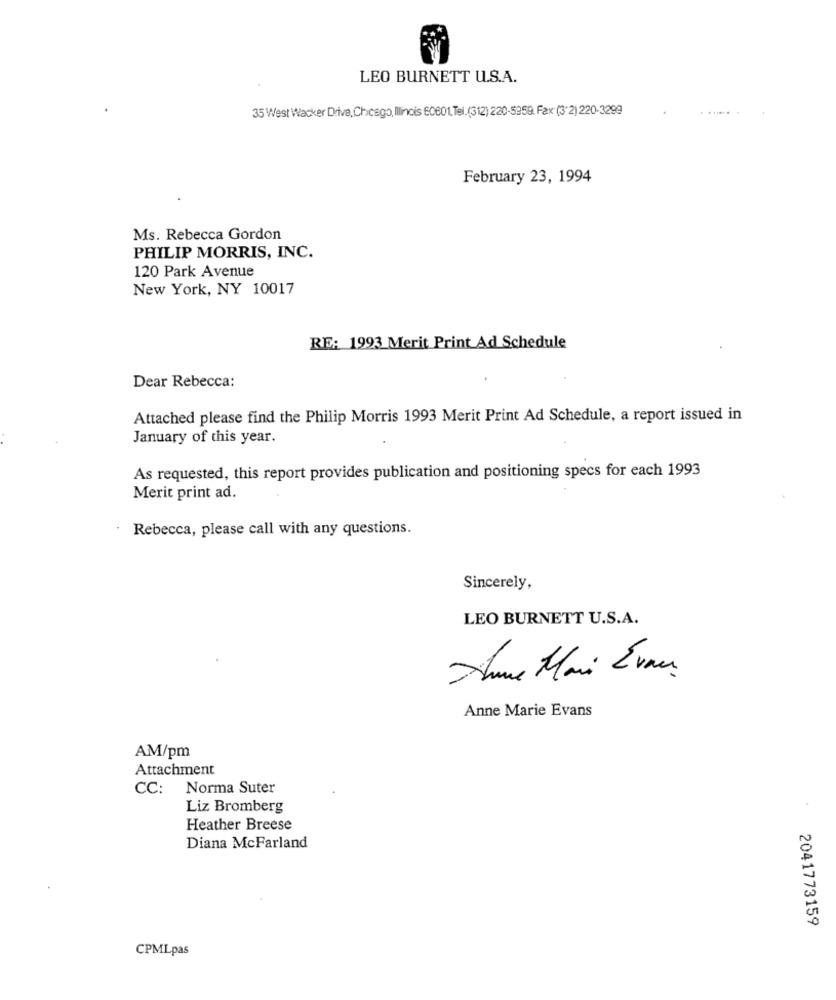
LEO BURNETT U.S.A.
35 West Wacker Drive,Chicago, Ilinois 60601.Tel.(312) 220-5959. Fax:(3/2)220-3299
February 23, 1994
Ms. Rebecca Gordon
PHILIP MORRIS, INC.
120 Park Avenue
New York, NY 10017
RE: 1993 Merit Print Ad Schedule
Dear Rebecca:
Attached please find the Philip Morris 1993 Merit Print Ad Schedule, a report issued in
January of this year.
As requested, this report provides publication and positioning specs for each 1993
Merit print ad.
· Rebecca, please call with any questions.
Sincerely,
LEO BURNETT U.S.A.
Slune Mai Even
Anne Marie Evans
AM/pm
Attachment
CC: Norma Suter
Liz Bromberg
Heather Breese
Diana McFarland
2041773159
CPMLpas